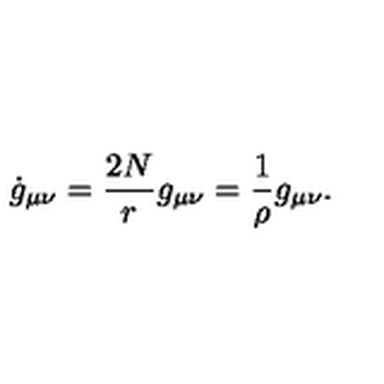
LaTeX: \dot { g } _ { \mu \nu } = { \frac { 2 N } { r } } g _ { \mu \nu } = { \frac { 1 } { \rho } } g _ { \mu \nu } .